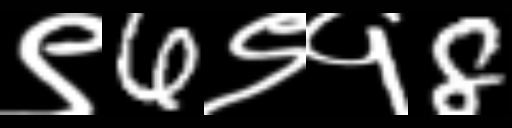
Text: ९6९१8